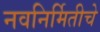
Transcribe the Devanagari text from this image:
नवनिर्मितीचे